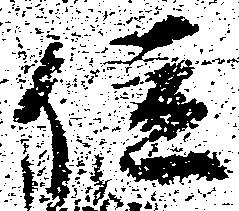
位